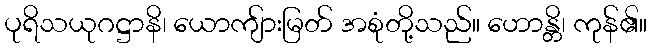
ပုရိသယုဂဋ္ဌာနိ၊ ယောကျ်ားမြတ် အစုံတို့သည်။ ဟောန္တိ၊ ကုန်၏။